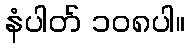
နံပါတ် ၁၀၈ပါ။